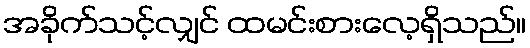
အခိုက်သင့်လျှင် ထမင်းစားလေ့ရှိသည်။